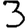
Digit: 3